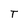
Character: T